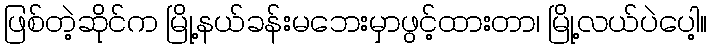
ဖြစ်တဲ့ဆိုင်က မြို့နယ်ခန်းမဘေးမှာဖွင့်ထားတာ၊ မြို့လယ်ပဲပေါ့။